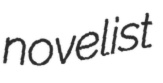
novelist